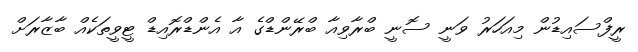
ރީފްސައިޑުން މިއަހަރު ވަނީ ސޮނީ ބްރާވިއާ ބްރޭންޑްގެ އާ އެންޑްރޮއިޑް ޓީވީތަކެއް ބާޒާރަށް